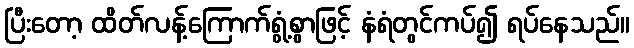
ပြီးတော့ ထိတ်လန့်ကြောက်ရွံ့စွာဖြင့် နံရံတွင်ကပ်၍ ရပ်နေသည်။